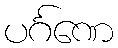
ပင်္ဂဏေ